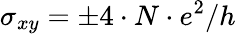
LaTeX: \sigma_{xy}=\pm{4\cdot N\cdot e^{2}}/h